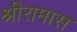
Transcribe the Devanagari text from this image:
श्रीरामास